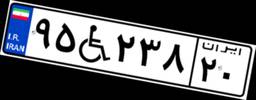
۹۵W۲۳۸۲۰